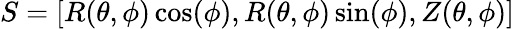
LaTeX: S=[R(\theta,\phi)\cos(\phi),R(\theta,\phi)\sin(\phi),Z(\theta,\phi)]